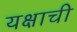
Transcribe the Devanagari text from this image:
यक्षाची